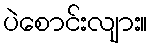
ပဲစောင်းလျား။